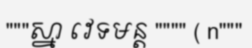
"""ស្នា វេទមន្ត """" ( n"""